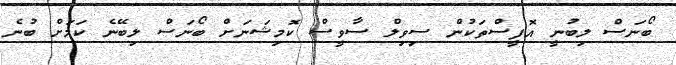
ބޯނަސް ލިބުނީ އޮފީސްތަކުން ސިވިލް ސާވީސް ކޮމިޝަނަށް ބޯނަސް ލިބޭނެ ކަމަށް ބުނެ